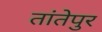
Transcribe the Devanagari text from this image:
तांतेपुर